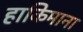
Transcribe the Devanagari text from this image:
हाकिमाना